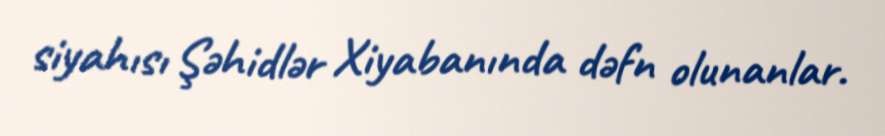
siyahısı Şəhidlər Xiyabanında dəfn olunanlar.